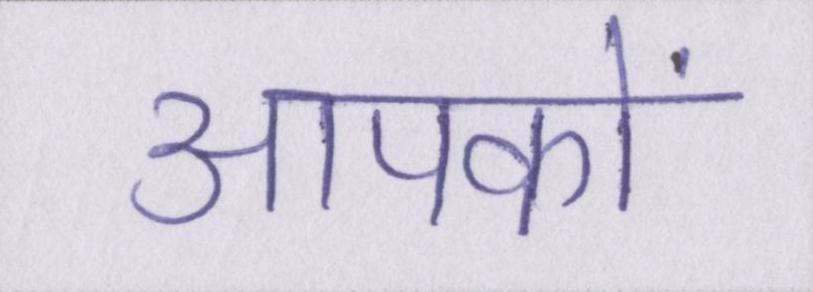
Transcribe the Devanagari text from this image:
आपकों